画像に写った文字を読んでください
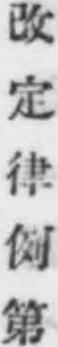
「改定律例第」と書いてあります